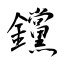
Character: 钂